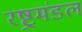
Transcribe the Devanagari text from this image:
रष्ट्रमंडल